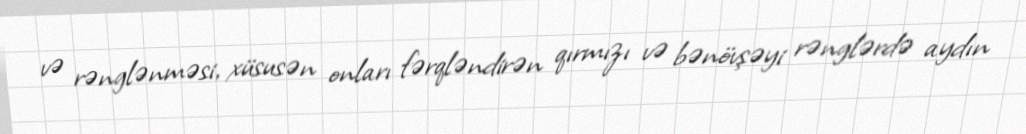
və rənglənməsi, xüsusən onları fərqləndirən qırmızı və bənövşəyi rənglərdə aydın